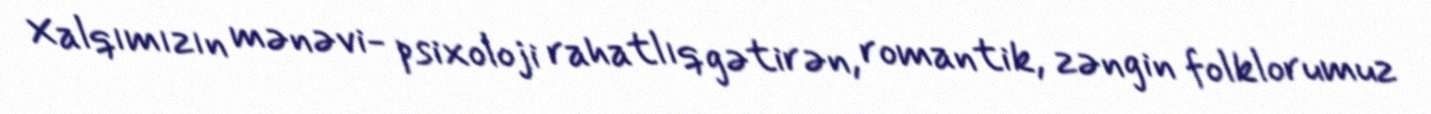
Xalqımızın mənəvi- psixoloji rahatlıq gətirən, romantik, zəngin folklorumuz